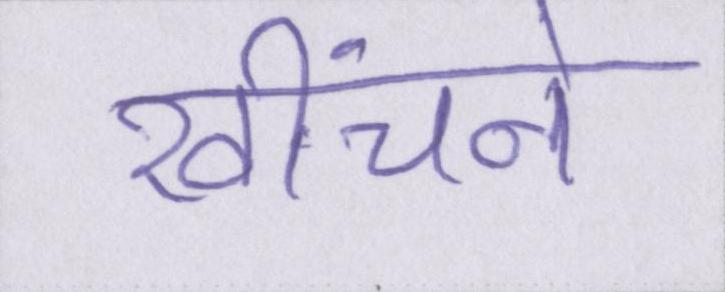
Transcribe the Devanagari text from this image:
खींचने